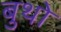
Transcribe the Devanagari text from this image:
बुथो